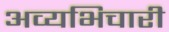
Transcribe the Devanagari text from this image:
अव्यभिचारी